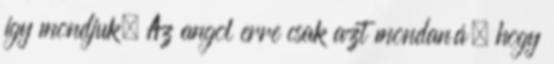
így mondjuk. Az angol erre csak azt mondaná, hogy